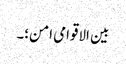
بین الاقوامی امن؛۔